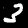
Label: 3